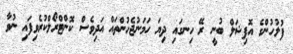
ފުލުހުންގެ އޮފިޝަލް ބުނީ ރޭ ހިނގައި ދިޔަ ހަމަނުޖެހުންތައް އަދިވެސް ކޮންޓްރޯލްކުރެވިފައި ނުވާ